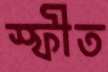
স্ফীত